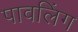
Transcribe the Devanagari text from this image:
पावलिंग